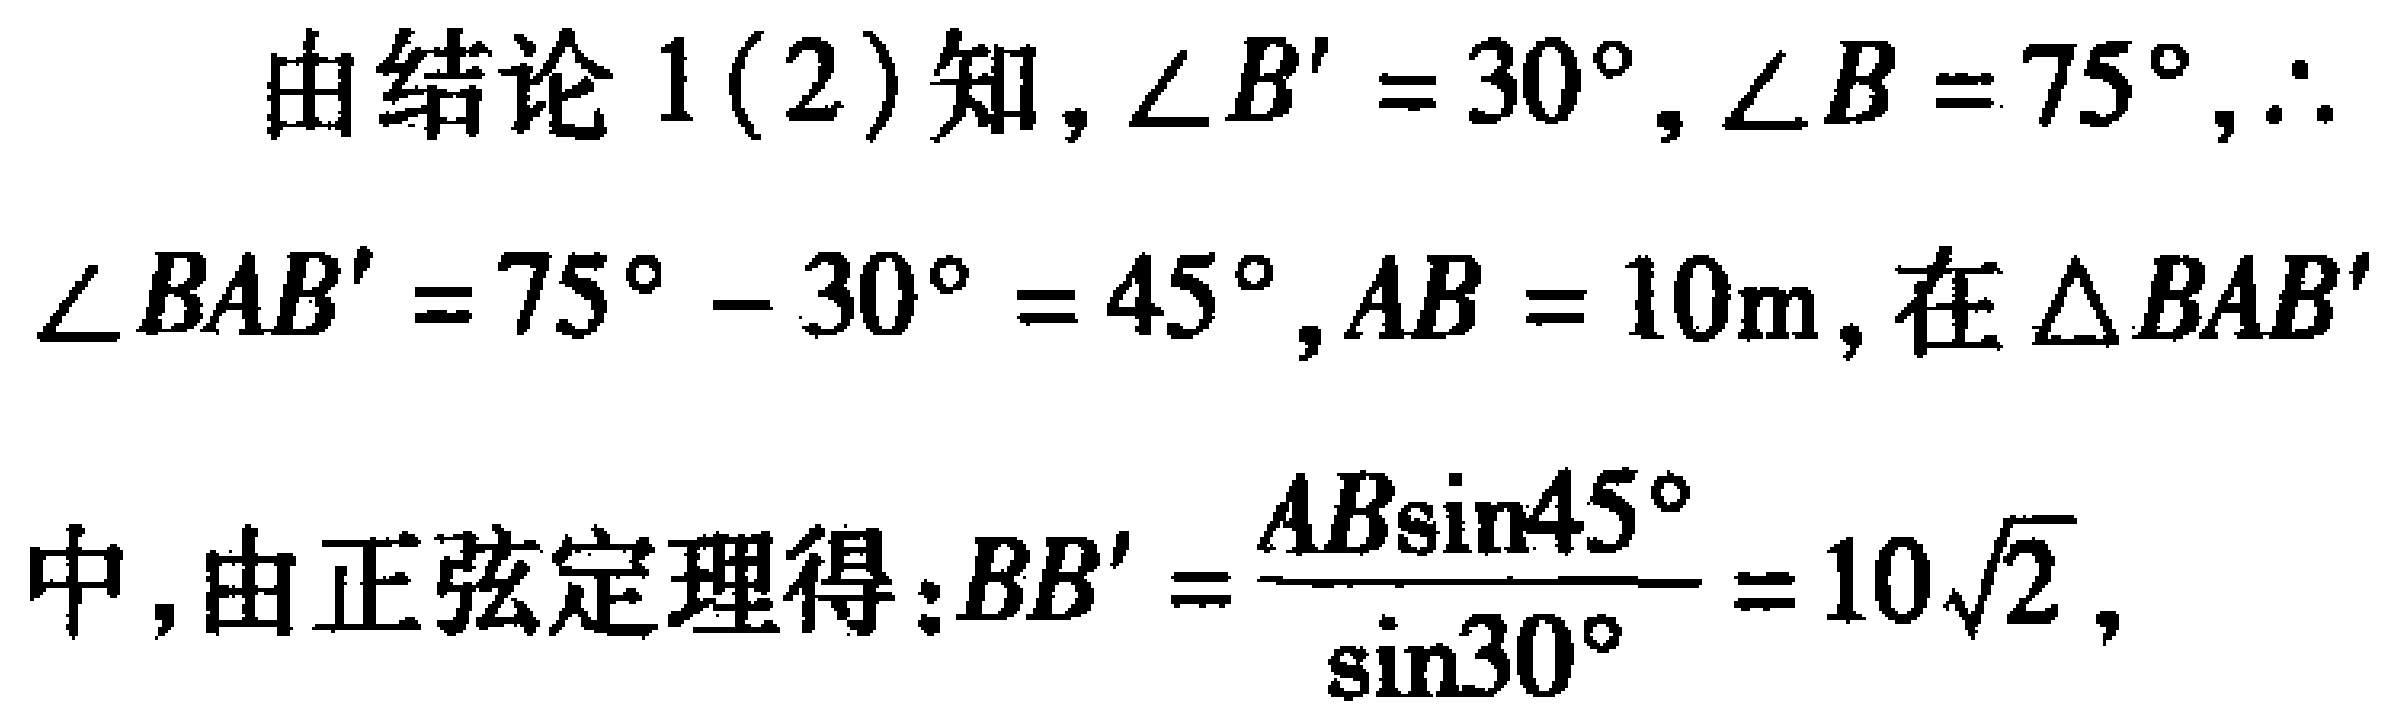
由结论 1(2)知，\(\angle B' = 30^{\circ}\)，\(\angle B = 75^{\circ}\)，\(\therefore\) \(\angle BAB' = 75^{\circ} - 30^{\circ} = 45^{\circ}\)，\(AB = 10\text{m}\)，在\(\triangle BAB'\) 中，由正弦定理得：\(BB' = \frac{AB\sin45^{\circ}}{\sin30^{\circ}} = 10\sqrt{2}\)，